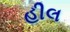
હીલ